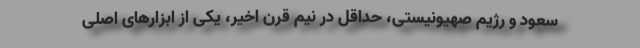
سعود و رژیم صهیونیستی، حداقل در نیم قرن اخیر، یکی از ابزارهای اصلی